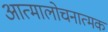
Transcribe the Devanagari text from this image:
आत्मालोचनात्मक